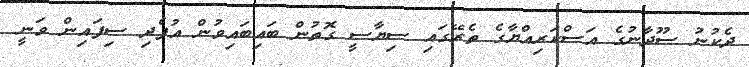
ދެކުނު ސޫދާނުގެ އަސްކަރިއްޔާގެ ތެރޭގައި ސިޔާސީ ގޮތުން ބައިބައިވުން އުފެދި ސިފައިން ވަނީ